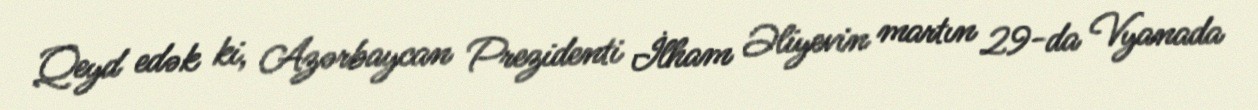
Qeyd edək ki, Azərbaycan Prezidenti İlham Əliyevin martın 29-da Vyanada